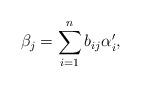
LaTeX: \begin{align*}\beta_j = \sum_{i=1}^n b_{ij} \alpha'_i , \end{align*}